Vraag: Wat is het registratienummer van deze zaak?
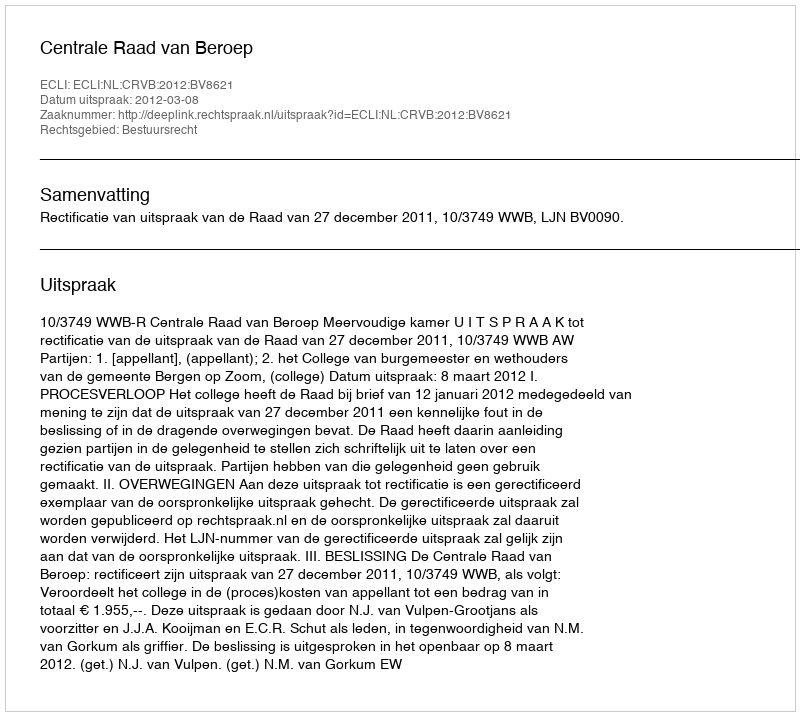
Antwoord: http://deeplink.rechtspraak.nl/uitspraak?id=ECLI:NL:CRVB:2012:BV8621